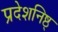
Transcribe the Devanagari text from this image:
प्रदेशनिष्ठ्